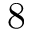
8